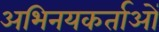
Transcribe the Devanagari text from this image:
अभिनयकर्ताओं